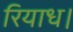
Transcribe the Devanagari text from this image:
रियाध।